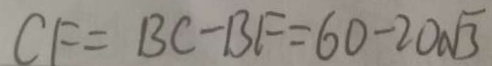
C F = B C - B F = 6 0 - 2 0 \sqrt { 3 }